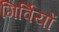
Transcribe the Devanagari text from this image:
गिर्वियों